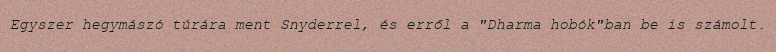
Egyszer hegymászó túrára ment Snyderrel, és erről a "Dharma hobók"ban be is számolt.